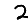
Digit: 2